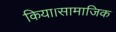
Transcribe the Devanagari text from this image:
किया।सामाजिक